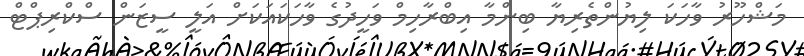
މަޝްހޫރު ވާހަކަ ލިޔުންތެރިޔާ ބިންމާ އިބްރާހިމް ވަހީދުގެ ވާހަކައަކަށް އަލީ ސީޒަން ސްކްރިޕްޓް